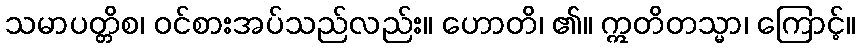
သမာပတ္တိစ၊ ဝင်စားအပ်သည်လည်း။ ဟောတိ၊ ၏။ ဣတိတသ္မာ၊ ကြောင့်။